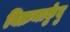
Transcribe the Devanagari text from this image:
विक्रमार्कुदु